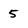
Character: 5